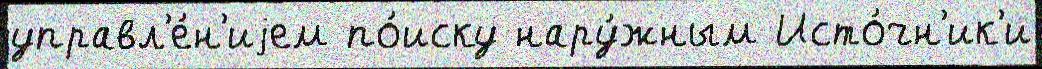
управл'е́н'иjем по́иску нару́жным Исто́чн'ик'и